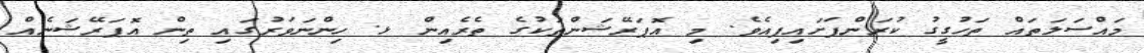
މައްސަލަތައް ތަހުގީގު ކުރަންފަށައިފިއެވެ. މި އޮޕަރޭޝަންތަކުގެ ތެރެއިން ޅ. ހިންނަވަރުގައި ތިން އޮޕަރޭޝަނެއް